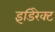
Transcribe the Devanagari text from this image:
इंडिरेक्ट